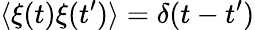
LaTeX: \langle\xi(t)\xi(t^{\prime})\rangle=\delta(t-t^{\prime})